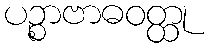
ပဉ္စာဗာဓဝတ္ထု